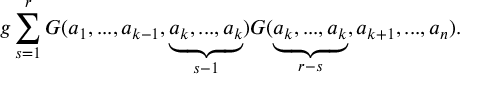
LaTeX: g \sum _ { s = 1 } ^ { r } { { \cal G } } ( a _ { 1 } , . . . , a _ { k - 1 } , \underbrace { a _ { k } , . . . , a _ { k } } _ { s - 1 } ) { { \cal G } } ( \underbrace { a _ { k } , . . . , a _ { k } } _ { r - s } , a _ { k + 1 } , . . . , a _ { n } ) .